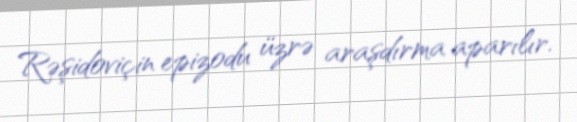
Rəşidoviçin epizodu üzrə araşdırma aparılır.